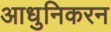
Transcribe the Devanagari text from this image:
आधुनिकरन